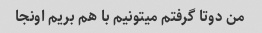
من دوتا گرفتم میتونیم با هم بریم اونجا